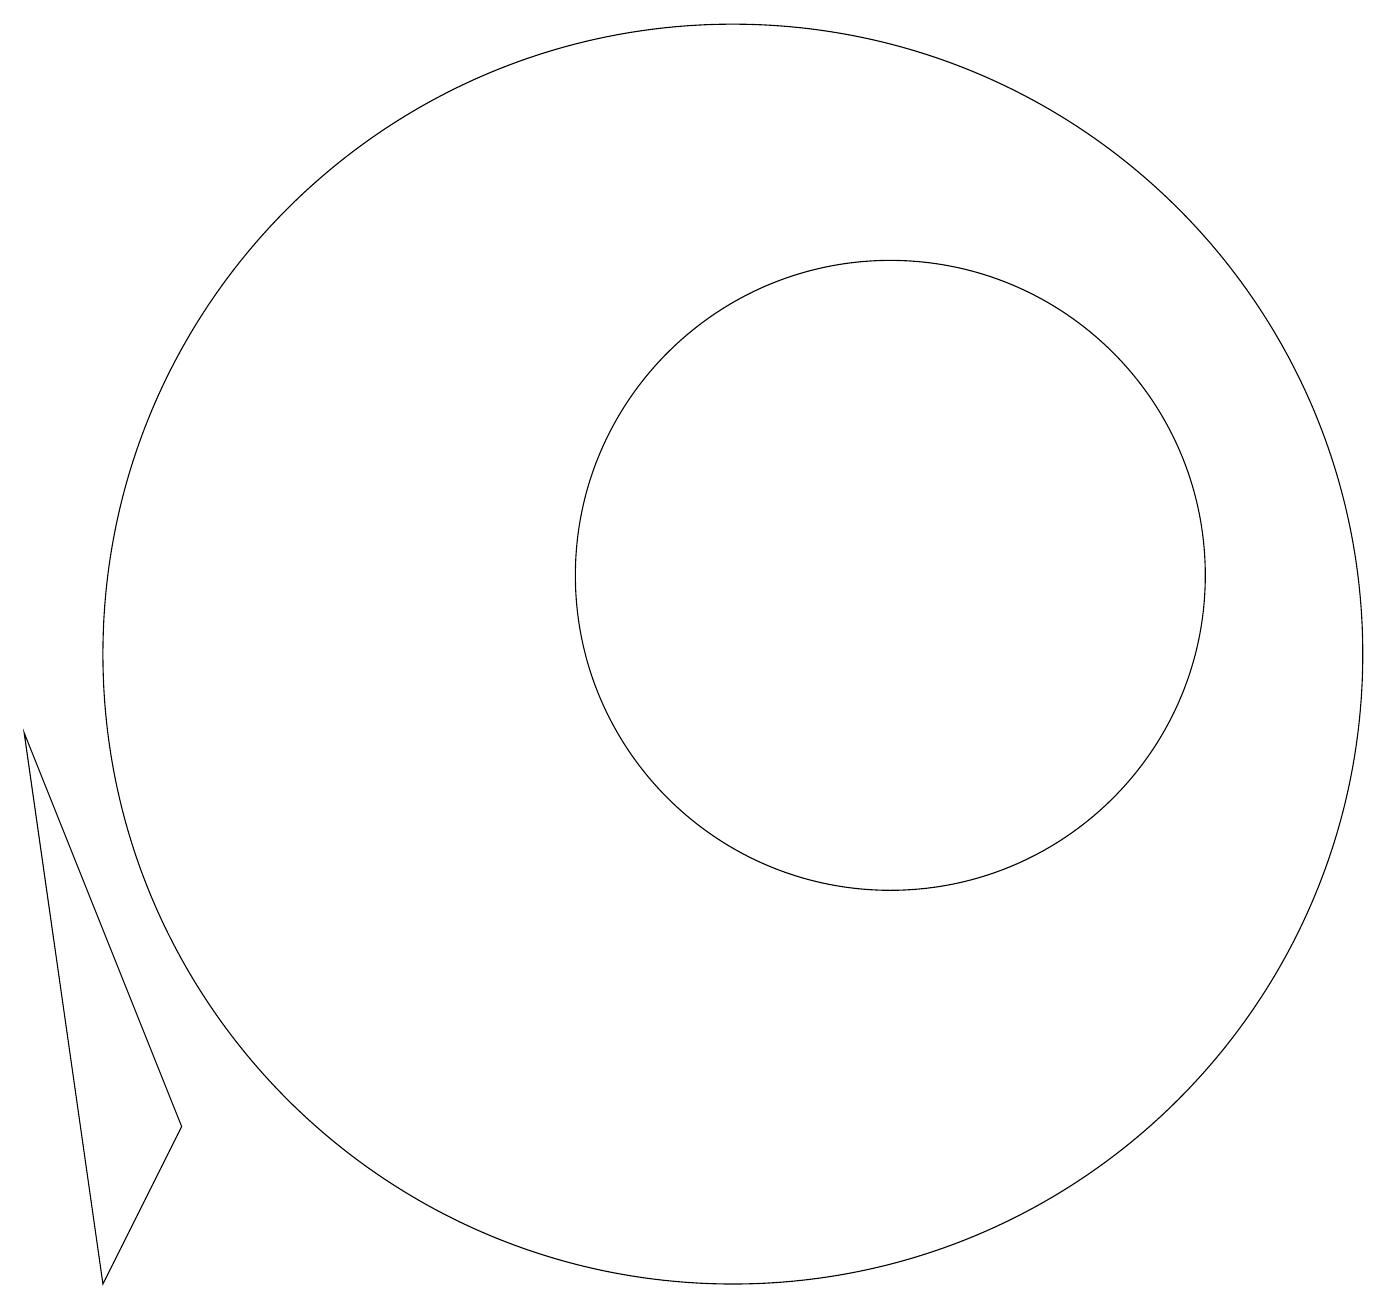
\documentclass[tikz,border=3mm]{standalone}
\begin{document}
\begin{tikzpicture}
\draw (10,10) circle (8);
\draw (2,2) -- (3,4) -- (1,9) -- cycle;
\draw (12,11) circle (4);
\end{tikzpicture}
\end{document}